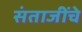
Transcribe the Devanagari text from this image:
संताजींचे